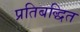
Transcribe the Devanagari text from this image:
प्रतिबद्धित